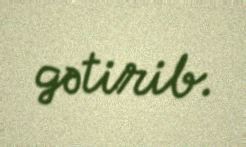
gətirib.